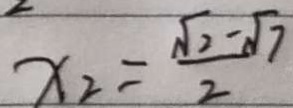
x _ { 2 } = \frac { \sqrt { 2 } - \sqrt { 7 } } { 2 }